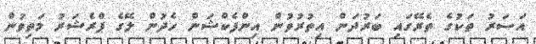
އަސަރު ތަކުގެ ތެރޭގައި ބަރުދަން އިތުރުވުން އިންފެކްޝަން ހެދުން ލޭގެ ޕްރެޝަރު މަތިވުން